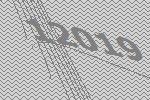
12019